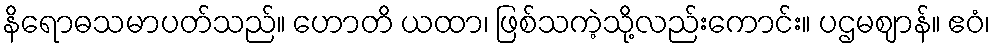
နိရောဓသမာပတ်သည်။ ဟောတိ ယထာ၊ ဖြစ်သကဲ့သို့လည်းကောင်း။ ပဌမဈာန်။ ဧဝံ၊